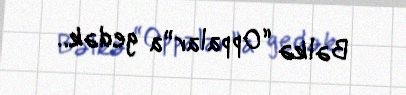
Bəlkə “Oppalar”a gedək..